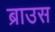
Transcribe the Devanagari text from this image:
ब्राउस